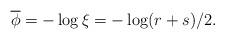
\begin{align*}\overline{\phi}=-\log \xi = - \log (r+s)/2 .\end{align*}